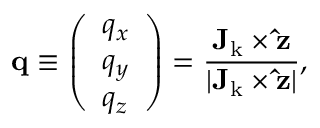
\mathbf { q } \equiv \left( \begin{array} { l } { q _ { x } } \\ { q _ { y } } \\ { q _ { z } } \end{array} \right) = \frac { { \bf J _ { \mathrm { k } } } \times \mathbf { \hat { z } } } { | { \bf J _ { \mathrm { k } } } \times \mathbf { \hat { z } } | } ,